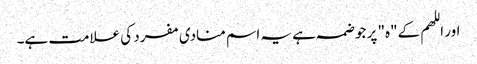
اور اللھم کے"ہ" پر جو ضمہ ہے یہ اسم منادی مفرد کی علامت ہے۔